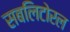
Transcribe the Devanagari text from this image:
सबलिटोरल